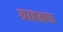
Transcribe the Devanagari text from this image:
ग्राहकच